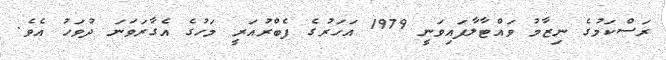
ރަސްކަމުގެ ނިޒާމު ވައްޓާލާފައިވަނީ 1979 އަހަރުގެ ފެބްރުއަރީ މަހުގެ އެގާރަވަނަ ދުވަހު އެވެ.